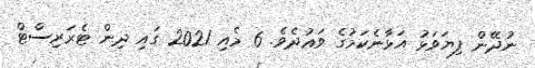
ނުދޭން ފިޔަވަޅު އަޅާނެކަމުގެ ވަޢުދެވެ. 6 މެއި 2021 ގައި ދިން ޓެރަރިސްޓް